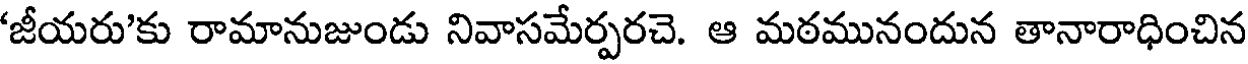
'జీయరు'కు రామానుజుండు నివాసమేర్పరచె. ఆ మఠమునందున తానారాధించిన